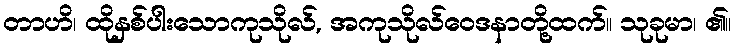
တာဟိ၊ ထိုနှစ်ပါးသောကုသိုလ်, အကုသိုလ်ဝေဒနာတို့ထက်။ သုခုမာ၊ ၏။